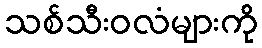
သစ်သီးဝလံများကို